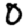
Digit: 0